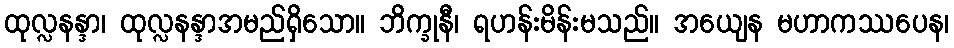
ထုလ္လနန္ဒာ၊ ထုလ္လနန္ဒာအမည်ရှိသော။ ဘိက္ခုနီ၊ ရဟန်းမိန်းမသည်။ အယျေန မဟာကဿပေန၊